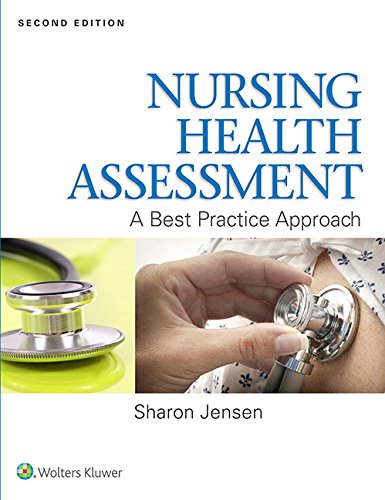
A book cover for Nursing Health Assessment: A Best Practice Approach; Sharon Jensen MN  RN; Medical Books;